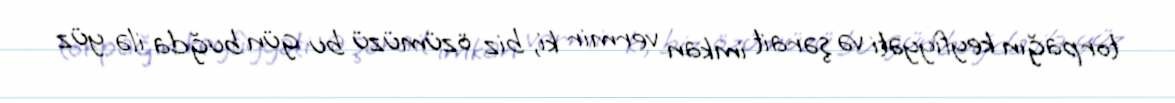
torpağın keyfiyyəti və şərait imkan vermir ki, biz özümüzü bu gün buğda ilə yüz